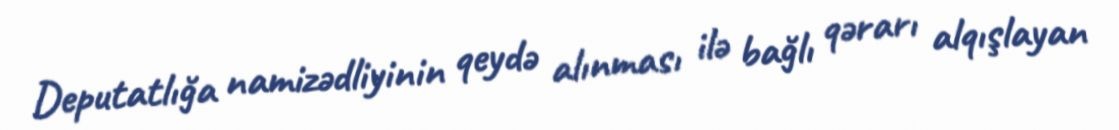
Deputatlığa namizədliyinin qeydə alınması ilə bağlı qərarı alqışlayan